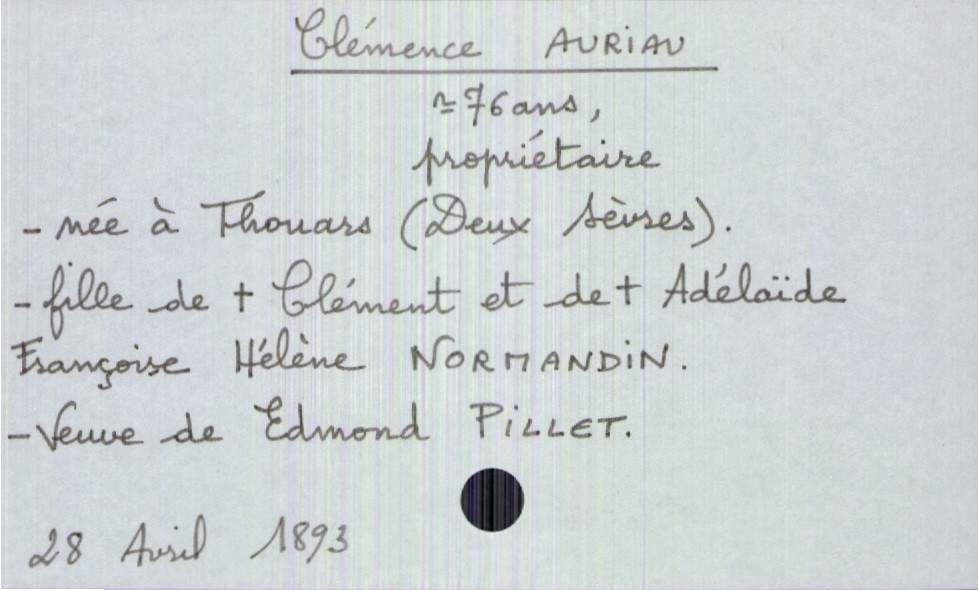
type_acte: Décès
année: 1893
mois: avril
jour: 28
défunt_nom: Auriau
défunt_prénom: Clémence
défunt_sexe: F
défunt_âge: 76 ans
défunt_profession: propriétaire
défunt_lieu_de_naissance: Thouars (Deux Sèvres)
défunt_statut: veuf(ve)
père_défunt_nom: Auriau
père_défunt_prénom: Clément
père_défunt_statut: décédé
mère_défunt_nom: Normandin
mère_défunt_prénom: Adélaïde Françoise Hélène
mère_défunt_statut: décédée